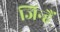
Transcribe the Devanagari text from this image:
जिन्हैं